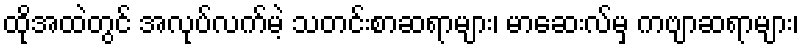
ထိုအထဲတွင် အလုပ်လက်မဲ့ သတင်းစာဆရာများ၊ မာဆေးလ်မှ ကဗျာဆရာများ၊